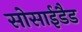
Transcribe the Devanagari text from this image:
सोसाईडैड